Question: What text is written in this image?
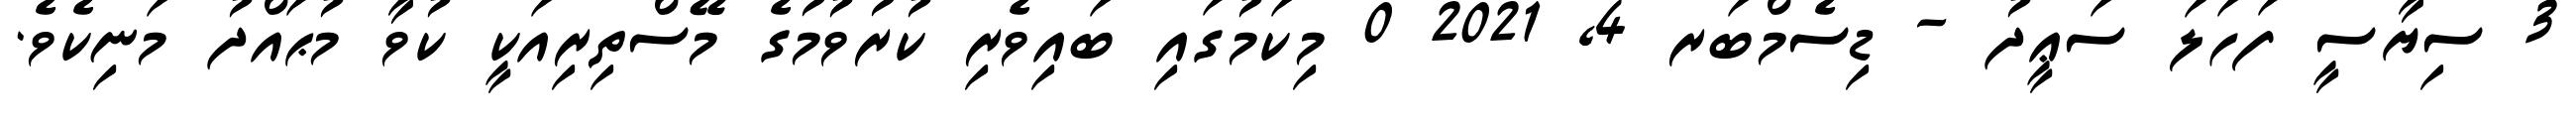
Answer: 3 ސިޔާސީ ފަހަލަ ސަޢީދު - ޑިސެމްބަރ 4, 2021 0 މިކަމުގައި ބައިވެރި ކުރުވުމުގެ މޭސްތިރިއަކީ ކުވާ މުޙައްދު މަނިކެވެ.